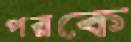
পরকে